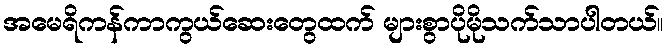
အမေရိကန်ကာကွယ်ဆေးတွေထက် များစွာပိုမိုသက်သာပါတယ်။